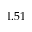
1 . 5 1